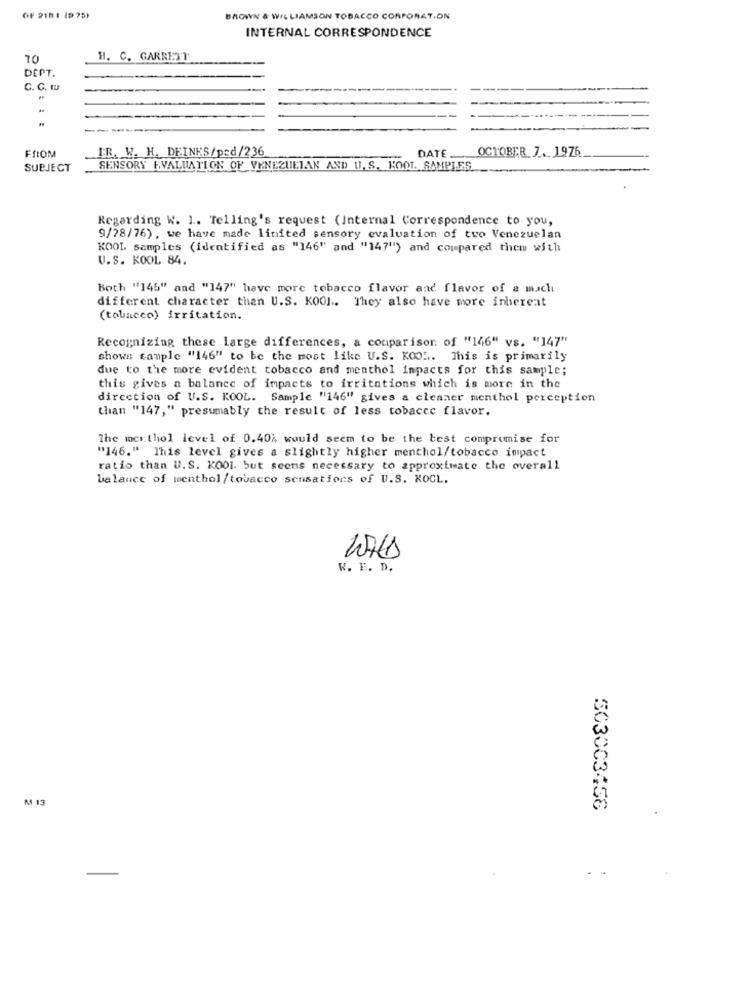
OF 210 1 19 75)
BROWN & WILLIAMSON TOBACCO CORPORATION
INTERNAL CORRESPONDENCE
70
H. C. GARRETT
DEPT.
C. C. tu
IR. W. H. DEINES/psd/236
DATE
OCTOBER 7. 1976
FROM
SUBJECT
SENSORY EVALUATION OF VENEZUELAN AND U. S. KOOL. SAMPLES.
Regarding W. 1. Telling's request (Internal Correspondence to you,
9/78/76), we have made limited sensory evaluation of two Venezuelan
KOOL samples (identified as "146" and "147") and compared them with
U.S. KOOL 84.
Both "145" and "147" have more tobacco flavor and flavor of a much
different character then U.S. KOOL .. They also have more inhereat
(tobacco) irritation.
Recognizing these large differences, a comparison of "146" vs. "147"
shows cample "146" to be the most like U.S. KOOL. This is primarily
due to the more evident tobacco and menthol impacts for this sample;
this gives a balance of impacts to irritations which is more in the
direction of U.S. KOOL. Sample "146" gives a cleaner menthol perception
than "147," presumably the result of less tobacco flavor.
The merthol level of 0.40% would seem to be the best compromise for
"146." This level gives a slightly higher menthol/tobacco impact
ratio than U.S. KODI. but seems necessary to approximate the overall
balauce of menthol/tobacco sensations of U.S. KOGL.
W. F. D.
503003456
.-